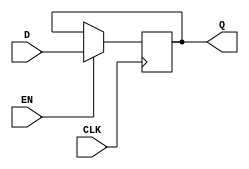
module edge_triggered_gated_latch (
    input wire D,     // Data Input
    input wire CLK,   // Clock Input
    input wire EN,    // Enable Signal
    output reg Q      // Output
);

// Always block triggered on the rising edge of the clock (or any edge as specified)
always @(posedge CLK) begin
    if (EN) begin
        Q <= D;  // Capture input D if EN is high
    end
    // If EN is low, Q retains its previous value
end

endmodule